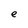
Character: e